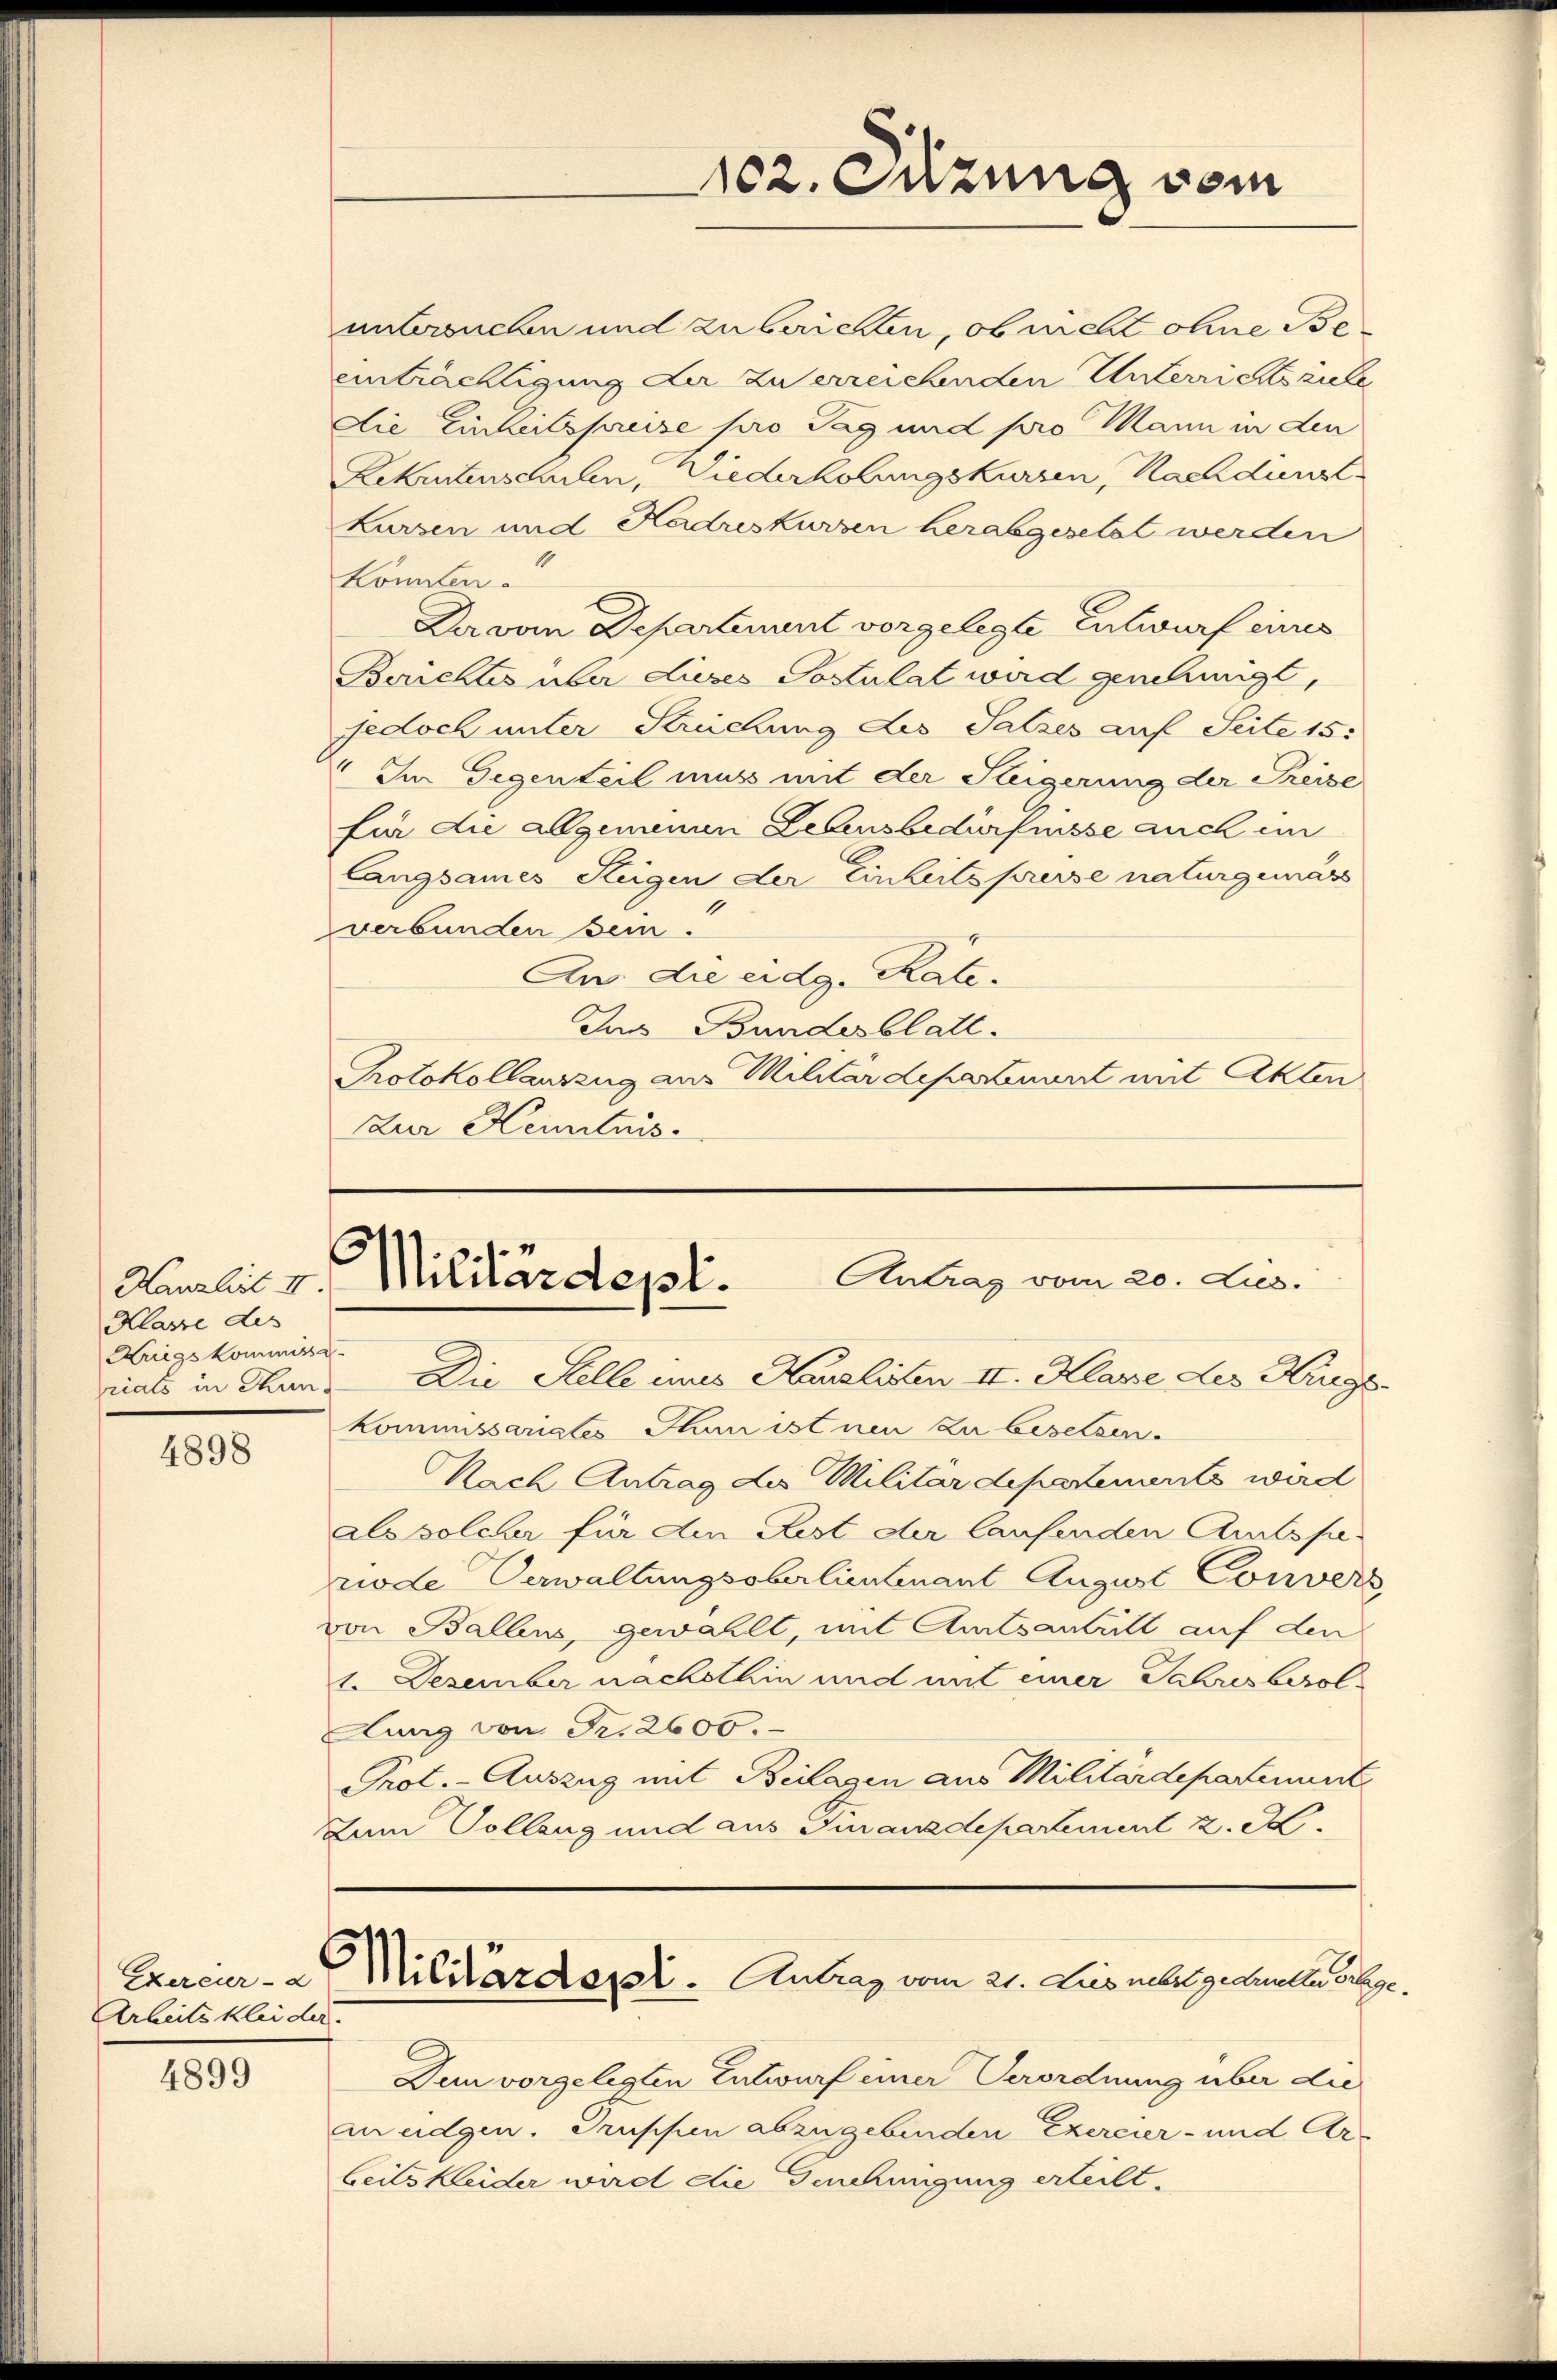
Klasse des
Kriegskommissa
priats in Thun.

4898

4899

untersuchen und zu berichten, ob nicht ohne Beeinträchtigung der zu erreichenden Unterrichtsruhe
Die Einkelspreise pro Tag und pro Mann in den
Rekrutenschulen, Wiederholungskurzen, Nachdünst
Lurzen und Hadreskurzen herabgesetzt werden
könnten.
Da vom Departement vorgelegte Entwurf eines
Berichtes über dieses Postulat wird genehmigt,
jedoch unter Streichung des Satzes auf Seite 15:
Im Gegenteil muss mit der Steigerung der Preise
für die allgemeinen Lebensbedürfnisse auch im
langsames Steigen der Einheits presse naturgemäss
verbunden sein.
An die eidg. Rate.
Das Bundesblatt.
Protokollauszug aus Militärdepartenuert mit Akten
Zur Kenntnis

Exercur - d
Arheits kleider

.
Antrag vom 20. Lies.
Hanalis v. Militärdepl.
Die Stelle ins Hauslisten II. Klane des Hinge

102. Juzung vom

kommissariates Thun ist nen zu beselsen.
Nach Antrag des Militärdepartements wird
als solcher für den Pust der laufenden Amtspe-
riode Verwaltungsoberlieutenant August Convers
von Ballens, gewählt, mit Amtsantritt auf den
1. Dezember nachsthin und mit einer Jahresbesolung von Fr. 2600.
Prot. - Auszug mit Beilagen aus Militärdepartenunt
Zum Vollzug und aus Finanzdepartement z. S.

Militärderl. Antrag vom 21. Les nebst gedulten Gege

Dun vorgelegten Entwurf einer Verordnung über die
mudgen. Truppen abzugebenden Exercier- und Arbeitskleider wird die Genehmigung erteilt.